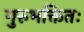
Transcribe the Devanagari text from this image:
गुरुभक्तितः